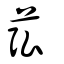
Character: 苰